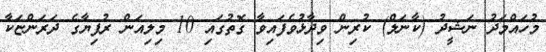
މުހައްމަދު ނަޝީދު (ކާނަލް) ކުރިން ވިދާޅުވެފައިވާ ގޮތުގައި 10 މިލިއަން ރުފިޔާގެ ދަރަންޏަކާ